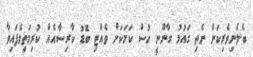
ބެލެނިވެރިކަން ނެތި ގައުމު ގާނޫނީ ހުސް ކަމަކަށް ވެއްޓި ބޮޑު ކާރިސާއެއް ކުރިމަތިވެފައިވާ